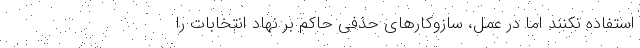
استفاده نکنند اما در عمل، سازوکارهای حذفی حاکم بر نهاد انتخابات را